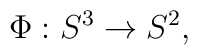
\Phi: S^3 \rightarrow S^2,